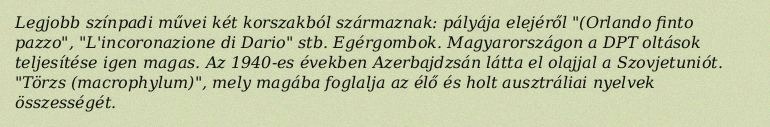
Legjobb színpadi művei két korszakból származnak: pályája elejéről "(Orlando finto pazzo", "L'incoronazione di Dario" stb. Egérgombok. Magyarországon a DPT oltások teljesítése igen magas. Az 1940-es években Azerbajdzsán látta el olajjal a Szovjetuniót. "Törzs (macrophylum)", mely magába foglalja az élő és holt ausztráliai nyelvek összességét.